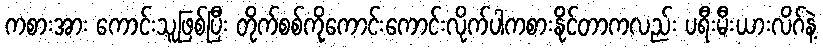
ကစားအား ကောင်းသူဖြစ်ပြီး တိုက်စစ်ကိုကောင်းကောင်းလိုက်ပါကစားနိုင်တာကလည်း ပရီးမီးယားလိဂ်နဲ့